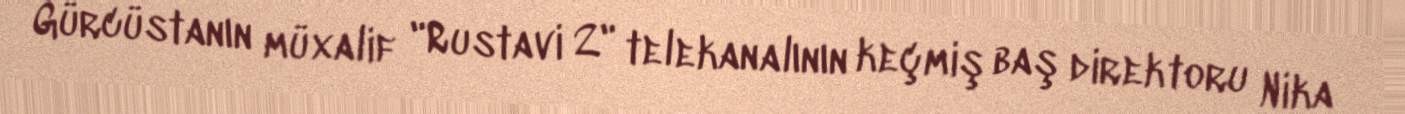
Gürcüstanın müxalif "Rustavi 2" telekanalının keçmiş baş direktoru Nika